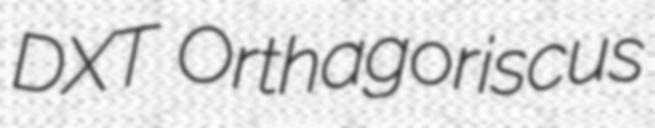
DXT Orthagoriscus